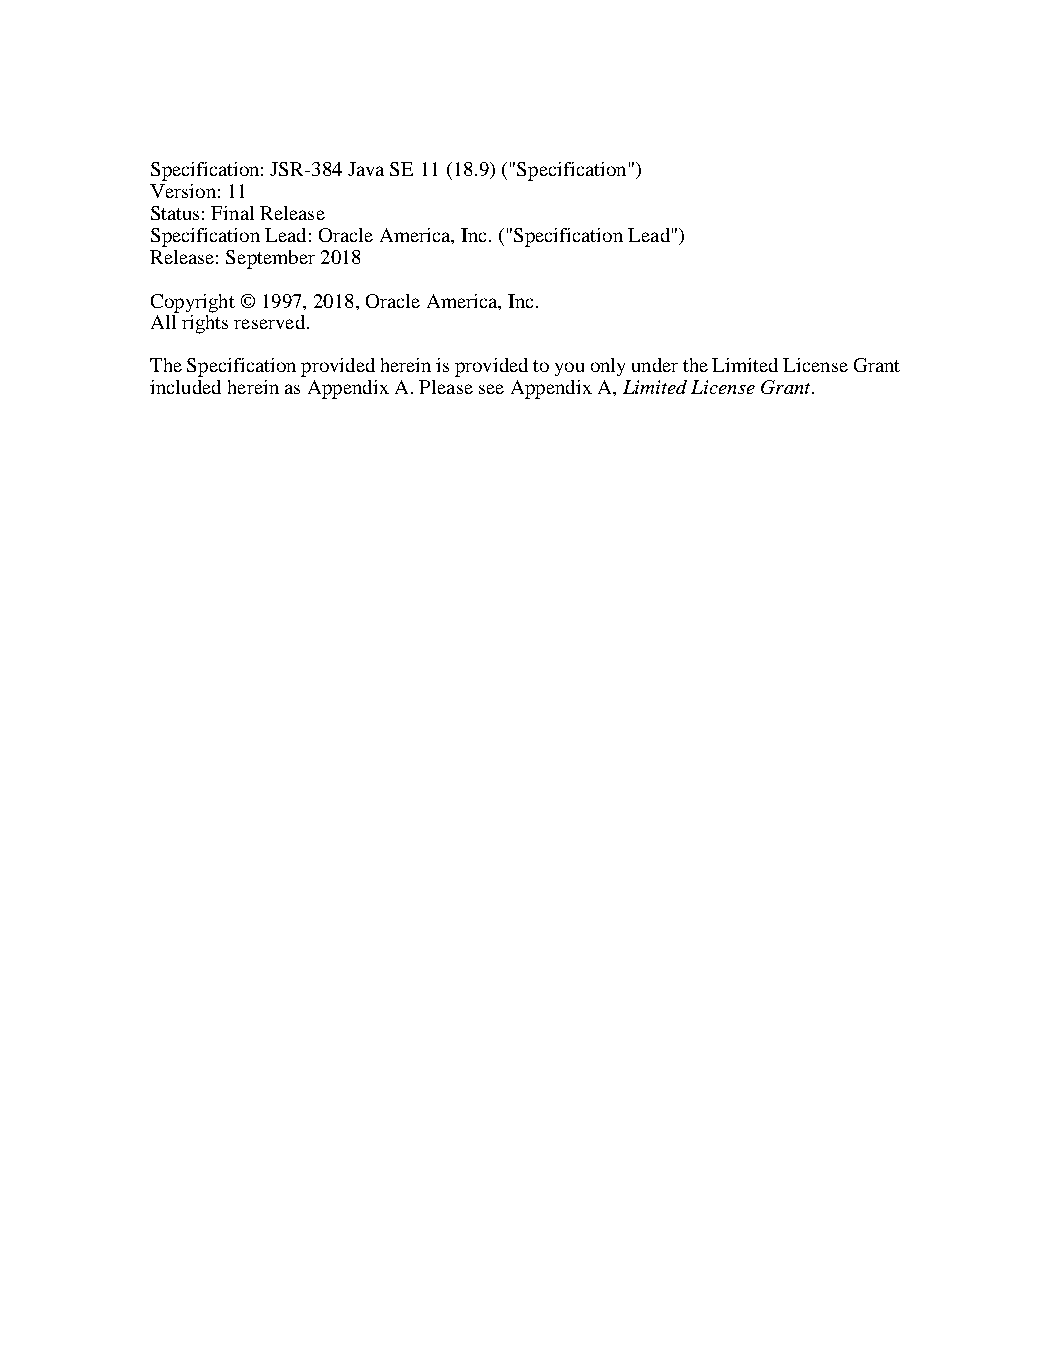
Specification: JSR-384 Java SE 11 (18.9) ("Specification")
 Version: 11
 Status: Final Release
 Specification Lead: Oracle America, Inc. ("Specification Lead")
 Release: September 2018
 Copyright © 1997, 2018, Oracle America, Inc.
 All rights reserved.
 The Specification provided herein is provided to you only under the Limited License Grant
 included herein as Appendix A. Please see Appendix A, Limited License Grant.